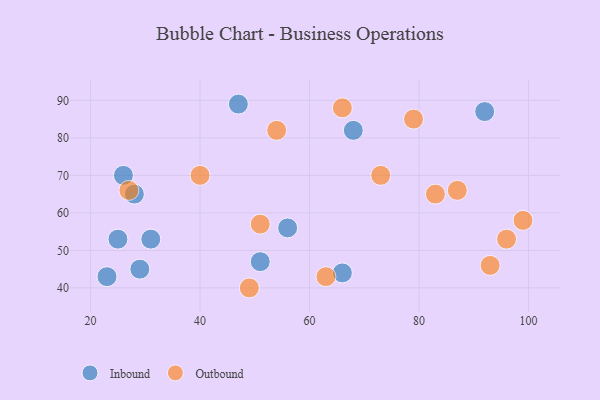
{"axis": {"x": "GDP", "y": "Life Expectancy"}, "legend": ["Inbound", "Outbound"], "data": [{"x": "29", "y": 45, "type": "Inbound"}, {"x": "66", "y": 44, "type": "Inbound"}, {"x": "26", "y": 70, "type": "Inbound"}, {"x": "92", "y": 87, "type": "Inbound"}, {"x": "51", "y": 47, "type": "Inbound"}, {"x": "23", "y": 43, "type": "Inbound"}, {"x": "31", "y": 53, "type": "Inbound"}, {"x": "25", "y": 53, "type": "Inbound"}, {"x": "56", "y": 56, "type": "Inbound"}, {"x": "68", "y": 82, "type": "Inbound"}, {"x": "28", "y": 65, "type": "Inbound"}, {"x": "47", "y": 89, "type": "Inbound"}, {"x": "79", "y": 85, "type": "Outbound"}, {"x": "27", "y": 66, "type": "Outbound"}, {"x": "73", "y": 70, "type": "Outbound"}, {"x": "49", "y": 40, "type": "Outbound"}, {"x": "99", "y": 58, "type": "Outbound"}, {"x": "63", "y": 43, "type": "Outbound"}, {"x": "51", "y": 57, "type": "Outbound"}, {"x": "96", "y": 53, "type": "Outbound"}, {"x": "40", "y": 70, "type": "Outbound"}, {"x": "66", "y": 88, "type": "Outbound"}, {"x": "87", "y": 66, "type": "Outbound"}, {"x": "54", "y": 82, "type": "Outbound"}, {"x": "93", "y": 46, "type": "Outbound"}, {"x": "83", "y": 65, "type": "Outbound"}]}